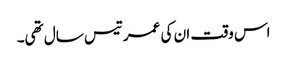
اس وقت ان کی عمر تیس سال تھی۔